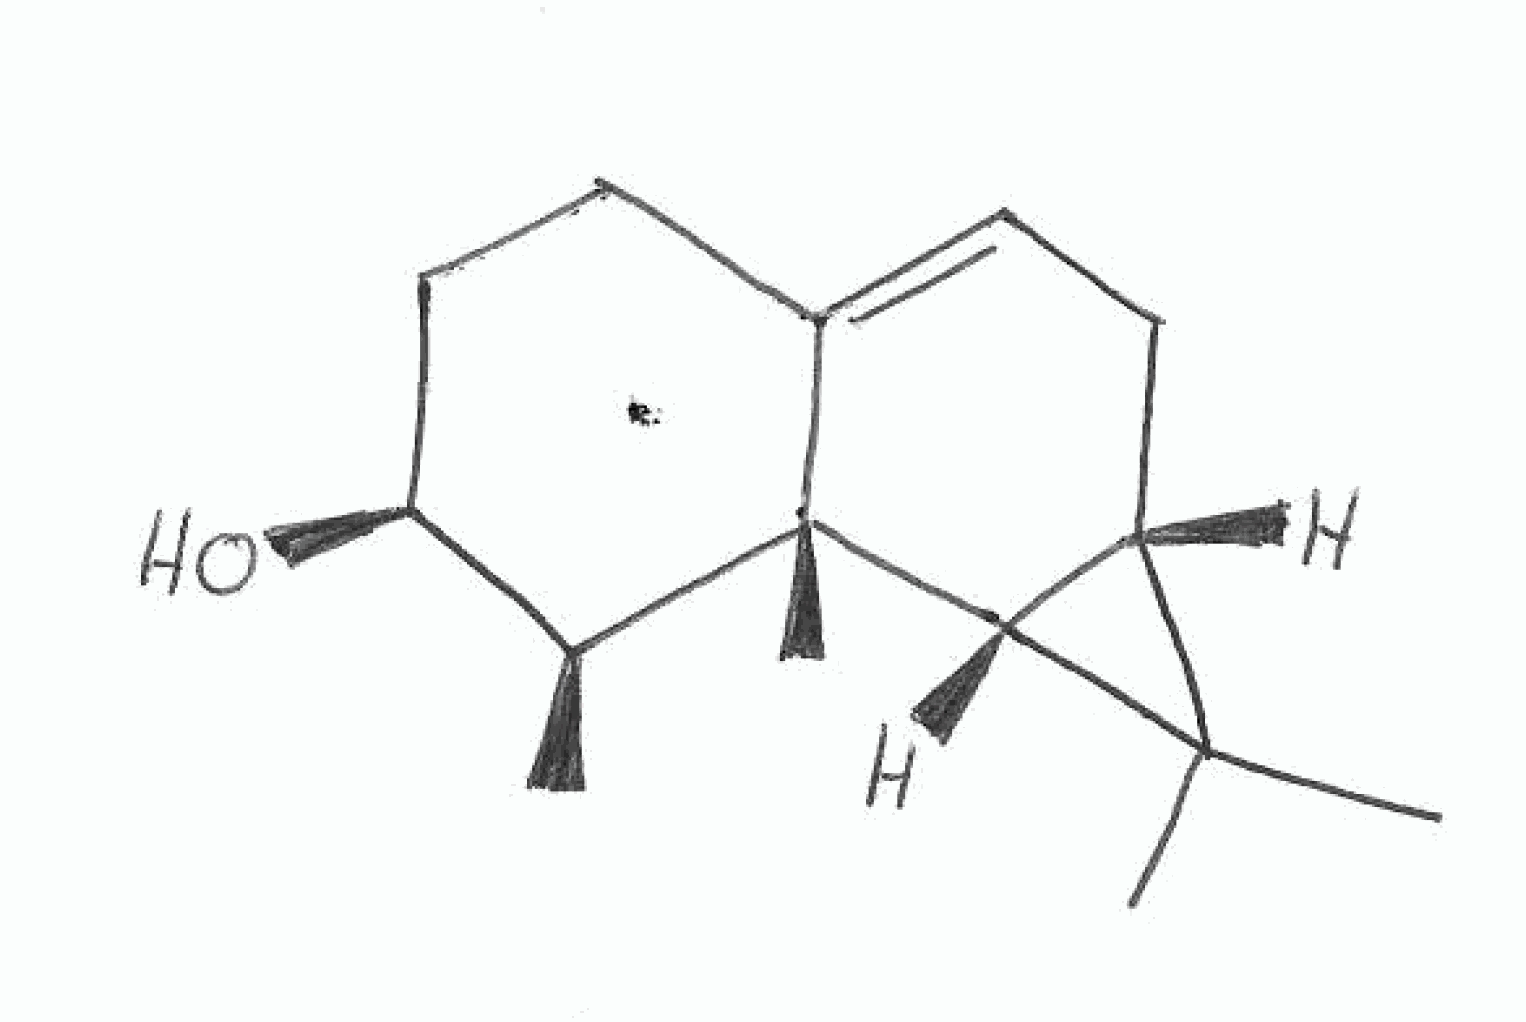
Simplified molecular-input line-entry system (SMILES) notation of the given molecule:
C[C@H]1[C@H](CCC2=CC[C@H]3[C@@H]([C@]12C)C3(C)C)O